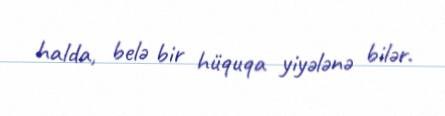
halda, belə bir hüquqa yiyələnə bilər.